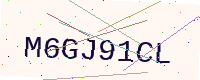
Text: M6GJ91CL